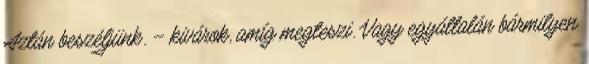
Aztán beszéljünk. – kivárok, amíg megteszi. Vagy egyáltalán bármilyen